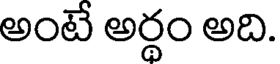
అంటే అర్థం అది.